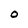
Character: O